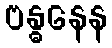
ဗန္ဓနေန